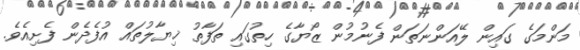
މަންމަގެ ގައިން ލޭއަންނަތަން ފެނުމުން ޒޯޔާގެ ހިތުގައި ތަފާތު ޚިޔާލުތައް އުފެދެން ފެށިއެވެ.